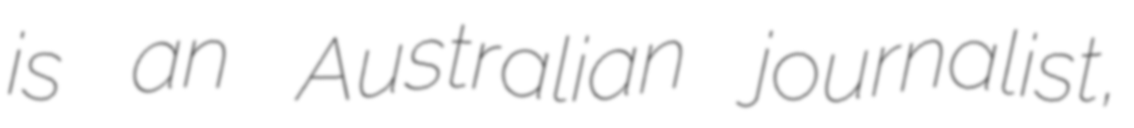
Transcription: is an Australian journalist,